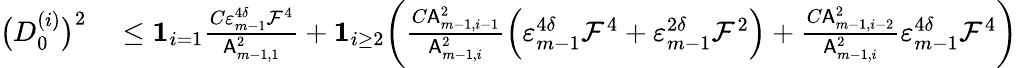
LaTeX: \begin{array}{rl}{\bigl(D_{0}^{(i)}\bigr)^{2}}&{{}\leq{\mathbf 1}_{i=1}\frac{C\varepsilon_{m-1}^{4\delta}\mathcal{F}^{4}}{\mathsf{A}_{m-1,1}^{2}}+{\mathbf 1}_{i\geq 2}\biggl(\frac{C\mathsf{A}_{m-1,i-1}^{2}}{\mathsf{A}_{m-1,i}^{2}}\Bigl(\varepsilon_{m-1}^{4\delta}\mathcal{F}^{4}+\varepsilon_{m-1}^{2\delta}\mathcal{F}^{2}\Bigr)+\frac{C\mathsf{A}_{m-1,i-2}^{2}}{\mathsf{A}_{m-1,i}^{2}}\varepsilon_{m-1}^{4\delta}\mathcal{F}^{4}\biggr)}\end{array}